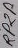
Text: RP2P